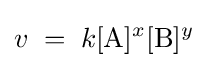
v\;=\;k[{\ce {A}}]^{x}[{\ce {B}}]^{y}